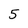
Character: 5